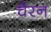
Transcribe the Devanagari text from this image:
चैरन